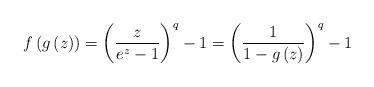
LaTeX: \begin{align*}f\left(g\left(z\right)\right)=\left(\frac{z}{e^{z}-1}\right)^{q}-1=\left(\frac{1}{1-g\left(z\right)}\right)^{q}-1\end{align*}